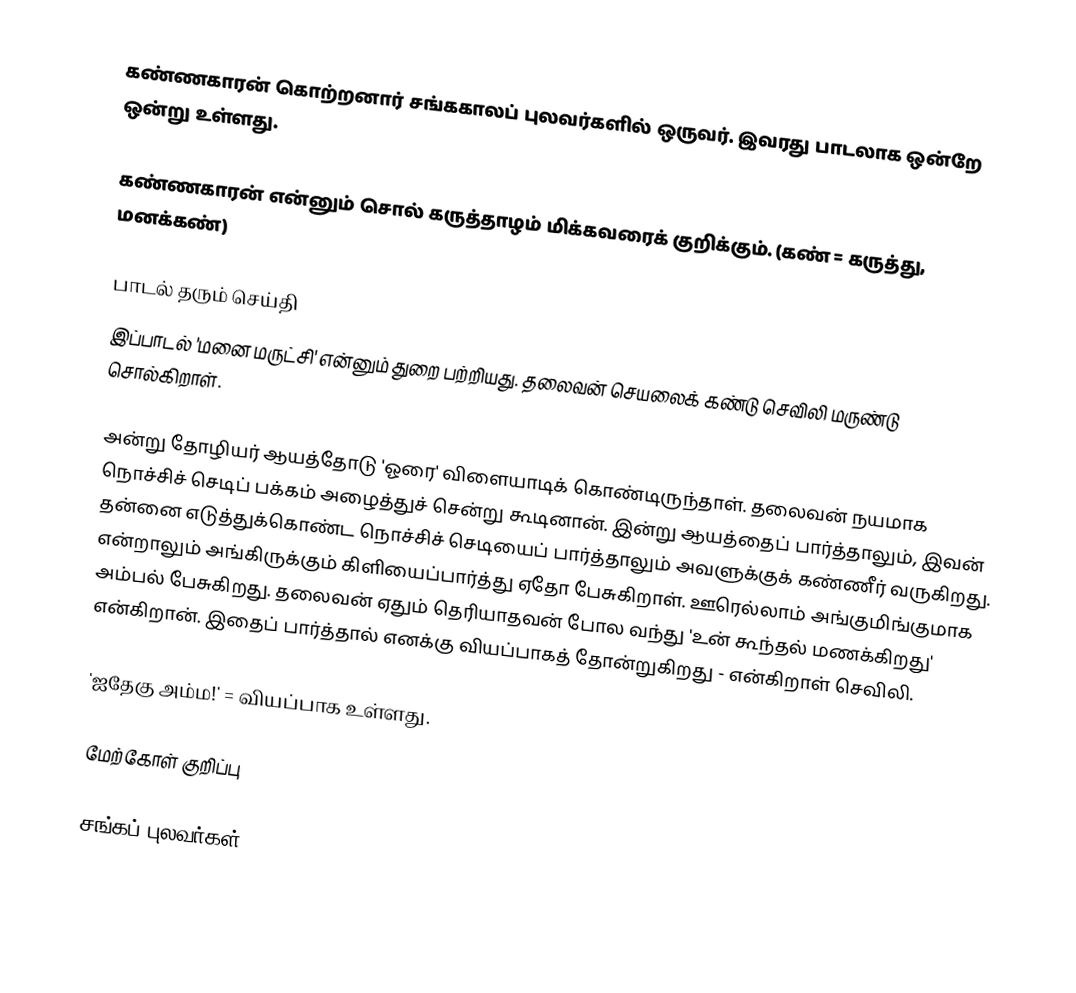
கண்ணகாரன் கொற்றனார் சங்ககாலப் புலவர்களில் ஒருவர். இவரது பாடலாக ஒன்றே ஒன்று உள்ளது.

கண்ணகாரன் என்னும் சொல் கருத்தாழம் மிக்கவரைக் குறிக்கும். (கண் = கருத்து, மனக்கண்)

பாடல் தரும் செய்தி
இப்பாடல் 'மனை மருட்சி' என்னும் துறை பற்றியது. தலைவன் செயலைக் கண்டு செவிலி மருண்டு சொல்கிறாள்.

அன்று தோழியர் ஆயத்தோடு 'ஓரை' விளையாடிக் கொண்டிருந்தாள். தலைவன் நயமாக நொச்சிச் செடிப் பக்கம் அழைத்துச் சென்று கூடினான். இன்று ஆயத்தைப் பார்த்தாலும், இவன் தன்னை எடுத்துக்கொண்ட நொச்சிச் செடியைப் பார்த்தாலும் அவளுக்குக் கண்ணீர் வருகிறது. என்றாலும் அங்கிருக்கும் கிளியைப்பார்த்து ஏதோ பேசுகிறாள். ஊரெல்லாம் அங்குமிங்குமாக அம்பல் பேசுகிறது. தலைவன் ஏதும் தெரியாதவன் போல வந்து 'உன் கூந்தல் மணக்கிறது' என்கிறான். இதைப் பார்த்தால் எனக்கு வியப்பாகத் தோன்றுகிறது - என்கிறாள் செவிலி.

'ஐதேகு அம்ம!' = வியப்பாக உள்ளது.

மேற்கோள் குறிப்பு

சங்கப் புலவர்கள்